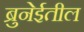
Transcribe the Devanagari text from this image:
ब्रुनेईतील